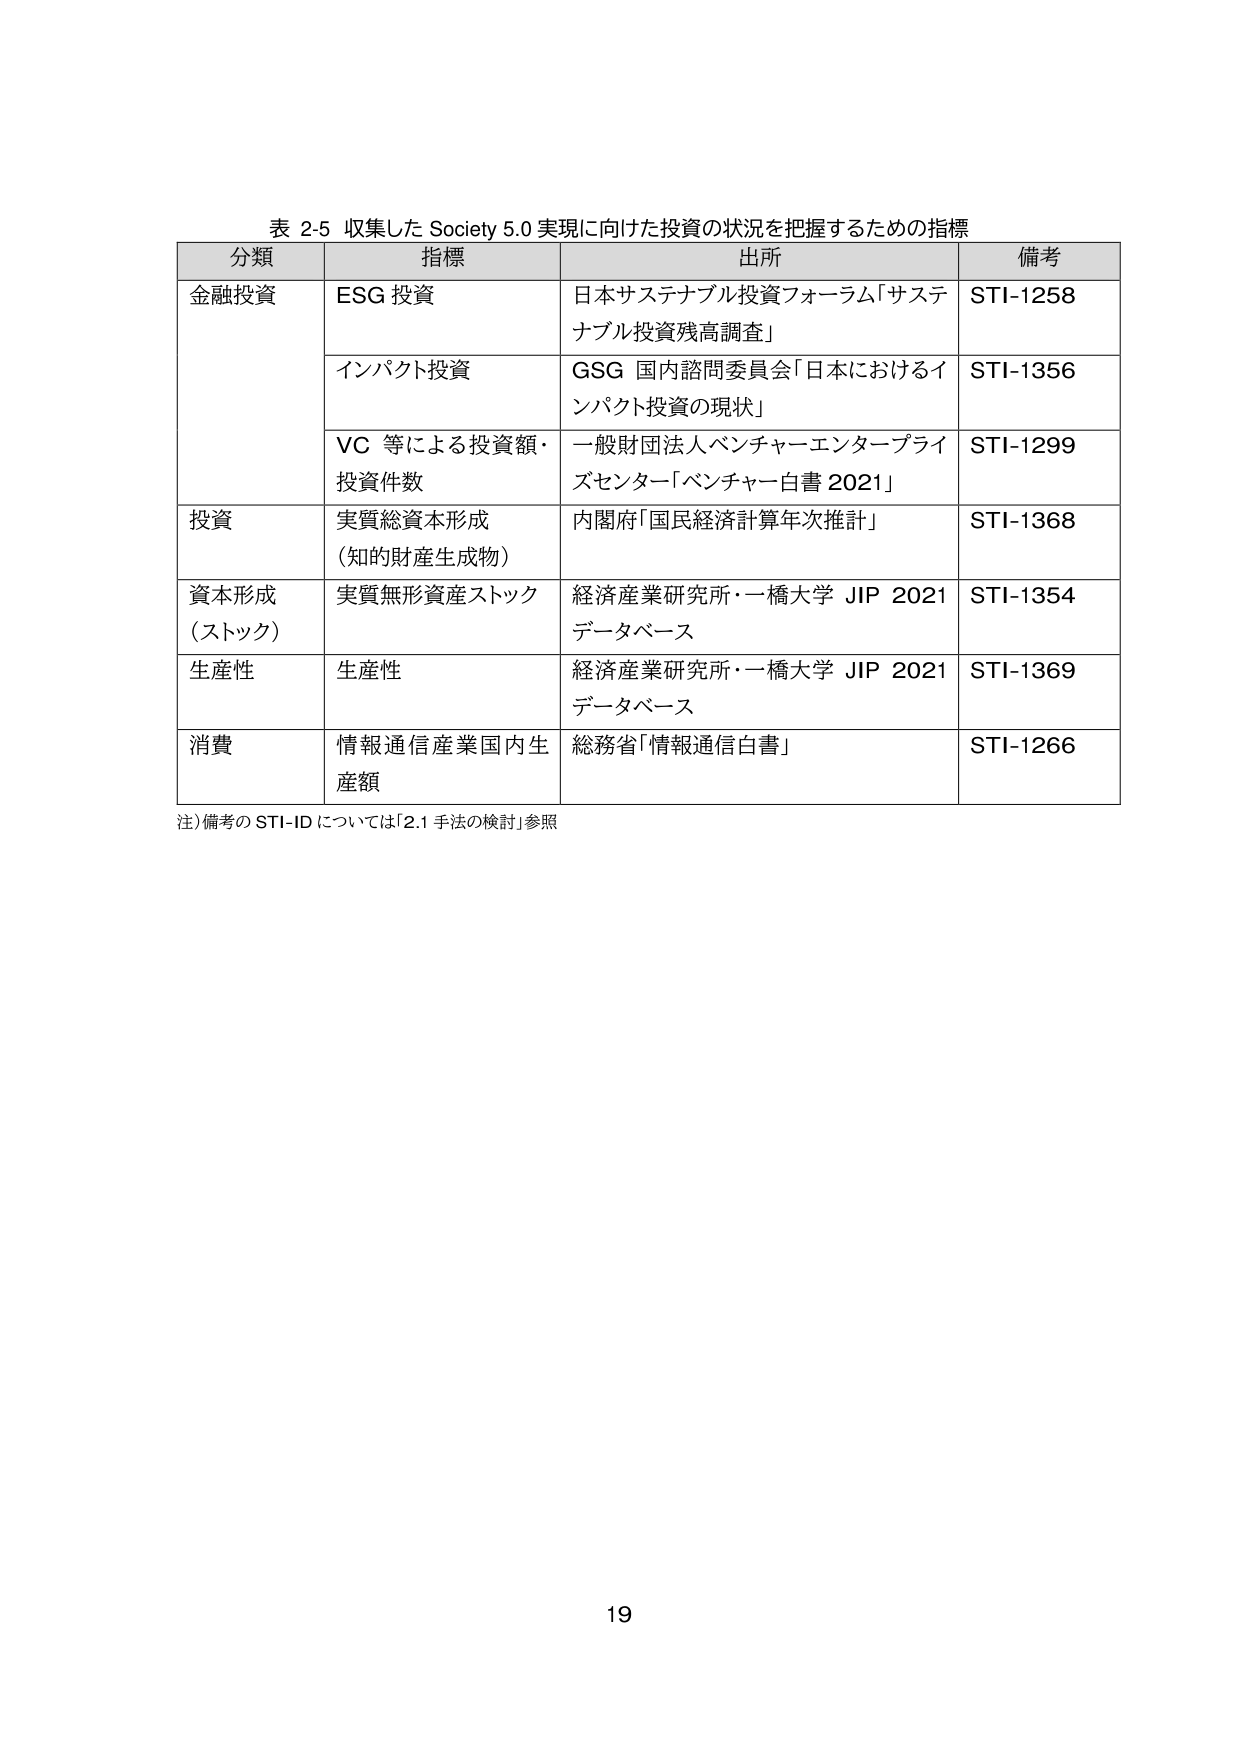
表 2-5 収集した Society 5.0 実現に向けた投資の状況を把握するための指標

分類	指標	出所	備考
金融投資	ESG 投資	日本サステナブル投資フォーラム「サステナブル投資残高調査」	STI-1258
	インパクト投資	GSG 国内諮問委員会「日本におけるインパクト投資の現状」	STI-1356
	VC 等による投資額・投資件数	一般財団法人ベンチャーエンタープライズセンター「ベンチャー白書 2021」	STI-1299
投資	実質総資本形成（知的財産生成物）	内閣府「国民経済計算年次推計」	STI-1368
資本形成（ストック）	実質無形資産ストック	経済産業研究所・一橋大学 JIP 2021 データベース	STI-1354
生産性	生産性	経済産業研究所・一橋大学 JIP 2021 データベース	STI-1369
消費	情報通信産業国内生産額	総務省「情報通信白書」	STI-1266

注）備考の STI-ID については「2.1 手法の検討」参照

19